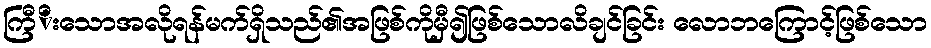
ကြီိးသောအလိုရန်မက်ရှိသည်၏အဖြစ်ကိုမှီ၍ဖြစ်သောလိချင်ခြင်း လောဘကြောင့်ဖြစ်သော